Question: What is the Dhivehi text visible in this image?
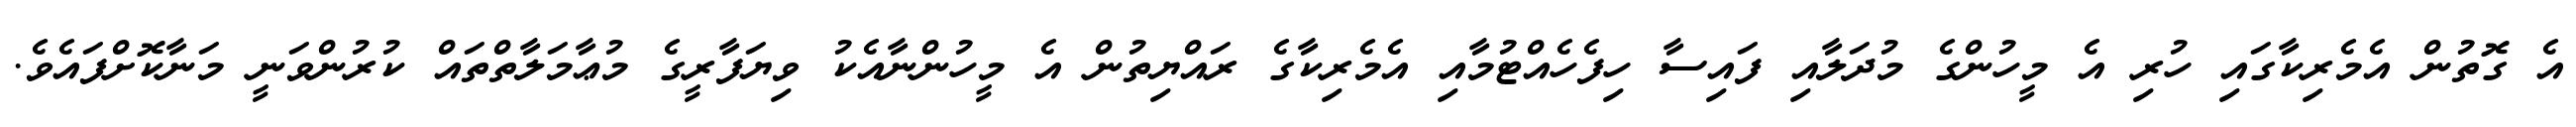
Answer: އެ ގޮތުން އެމެރިކާގައި ހުރި އެ މީހުންގެ މުދަލާއި ފައިސާ ހިފެހެއްޓުމާއި އެމެރިކާގެ ރައްޔިތުން އެ މީހުންނާއެކު ވިޔަފާރީގެ މުޢާމަލާތްތައް ކުރުންވަނީ މަނާކޮށްފައެވެ.